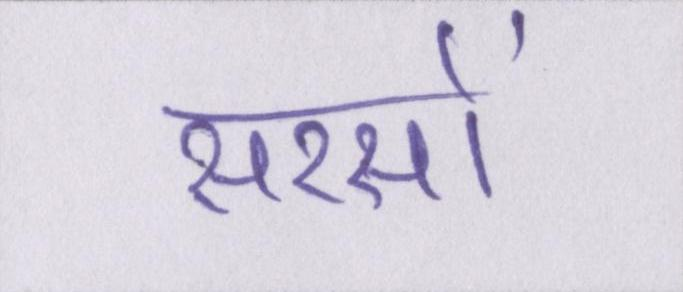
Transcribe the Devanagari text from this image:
सरसों